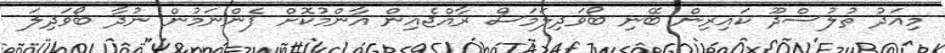
މިއަދު ތުލުސްދޫ ކައިރިން ބޭނި ބޯވަދިލަމަސް ރާއްޖެއިން އާންމުކޮށް ފެންނަމުން ނުދާ ބޯވަދިލަ